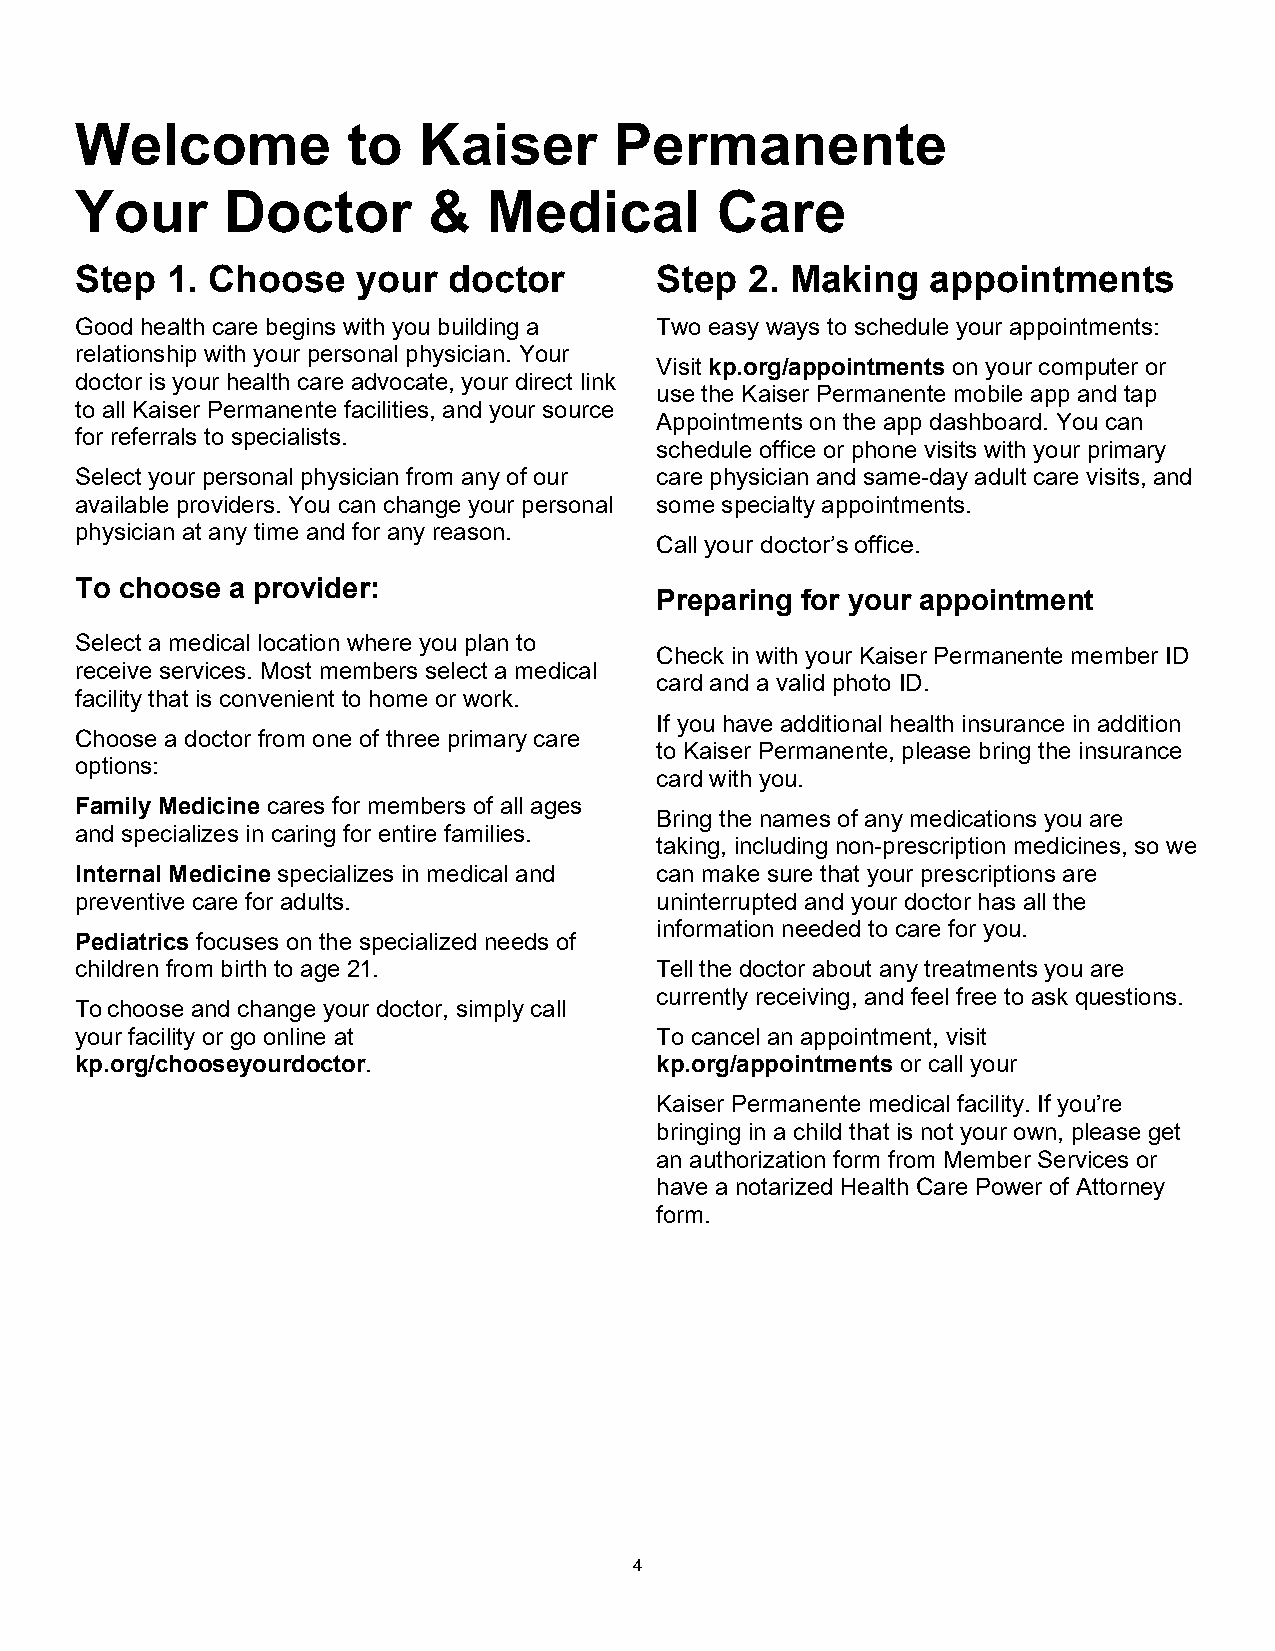
Welcome           to   Kaiser       Permanente
 Your      Doctor       &   Medical        Care
 Step  1. Choose    your  doctor       Step   2. Making   appointments
 Good health care begins with you building a Two easy ways to schedule your appointments:
 relationship with your personal physician. Your
 Visit kp.org/appointments on your computer or
 doctor is your health care advocate, your direct link
 use the Kaiser Permanente mobile app and tap
 to all Kaiser Permanente facilities, and your source
 Appointments on the app dashboard. You can
 for referrals to specialists.
 schedule office or phone visits with your primary
 Select your personal physician from any of our care physician and same-day adult care visits, and
 available providers. You can change your personal some specialty appointments.
 physician at any time and for any reason.
 Call your doctor’s office.
 To choose a provider:
 Preparing for your appointment
 Select a medical location where you plan to
 Check in with your Kaiser Permanente member ID
 receive services. Most members select a medical
 card and a valid photo ID.
 facility that is convenient to home or work.
 If you have additional health insurance in addition
 Choose a doctor from one of three primary care
 to Kaiser Permanente, please bring the insurance
 options:
 card with you.
 Family Medicine cares for members of all ages
 Bring the names of any medications you are
 and specializes in caring for entire families.
 taking, including non-prescription medicines, so we
 Internal Medicine specializes in medical and can make sure that your prescriptions are
 preventive care for adults.           uninterrupted and your doctor has all the
 information needed to care for you.
 Pediatrics focuses on the specialized needs of
 children from birth to age 21.        Tell the doctor about any treatments you are
 currently receiving, and feel free to ask questions.
 To choose and change your doctor, simply call
 your facility or go online at         To cancel an appointment, visit
 kp.org/chooseyourdoctor.              kp.org/appointments or call your
 Kaiser Permanente medical facility. If you’re
 bringing in a child that is not your own, please get
 an authorization form from Member Services or
 have a notarized Health Care Power of Attorney
 form.
 4